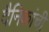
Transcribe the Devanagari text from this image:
दैनिकांची